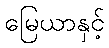
မြေယာနှင့်